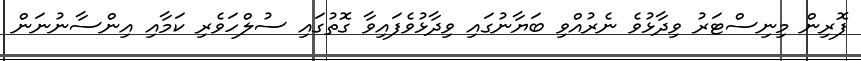
ފޮރިން މިނިސްޓަރު ވިދާޅުވެ ނެރުއްވި ބަޔާނުގައި ވިދާޅުވެފައިވާ ގޮތުގައި ސުލްހަވެރި ކަމާއި އިންސާނުނަން